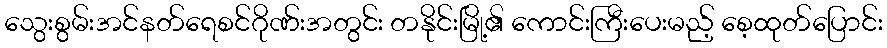
သွေးစွမ်းအင်နတ်ရေစင်ဂိုဏ်းအတွင်း တနိုင်းမြို့၏ ကောင်းကြီးပေးမည့် စေ့ထုတ်ပြောင်း